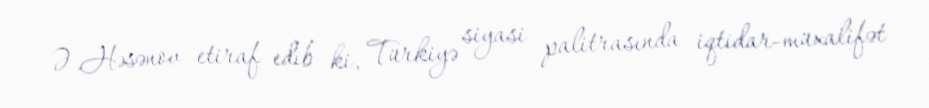
Ə.Həsənov etiraf edib ki, Türkiyə siyasi palitrasında iqtidar-müxalifət